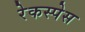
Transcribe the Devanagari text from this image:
रेकस्पेस